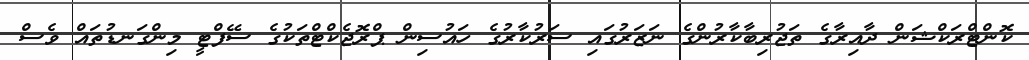
ކޮންޓްރަކްޝަން ދާއިރާގެ ތަޖުރިބާކާރުންގެ ނަޒަރުގައި ސަރުކާރުގެ ހައުސިން ޕްރޮޖެކްޓްތަކުގެ ސޭފްޓީ މިންގަނޑުތައް ވެސް